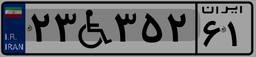
۲۳W۳۵۲۶۱